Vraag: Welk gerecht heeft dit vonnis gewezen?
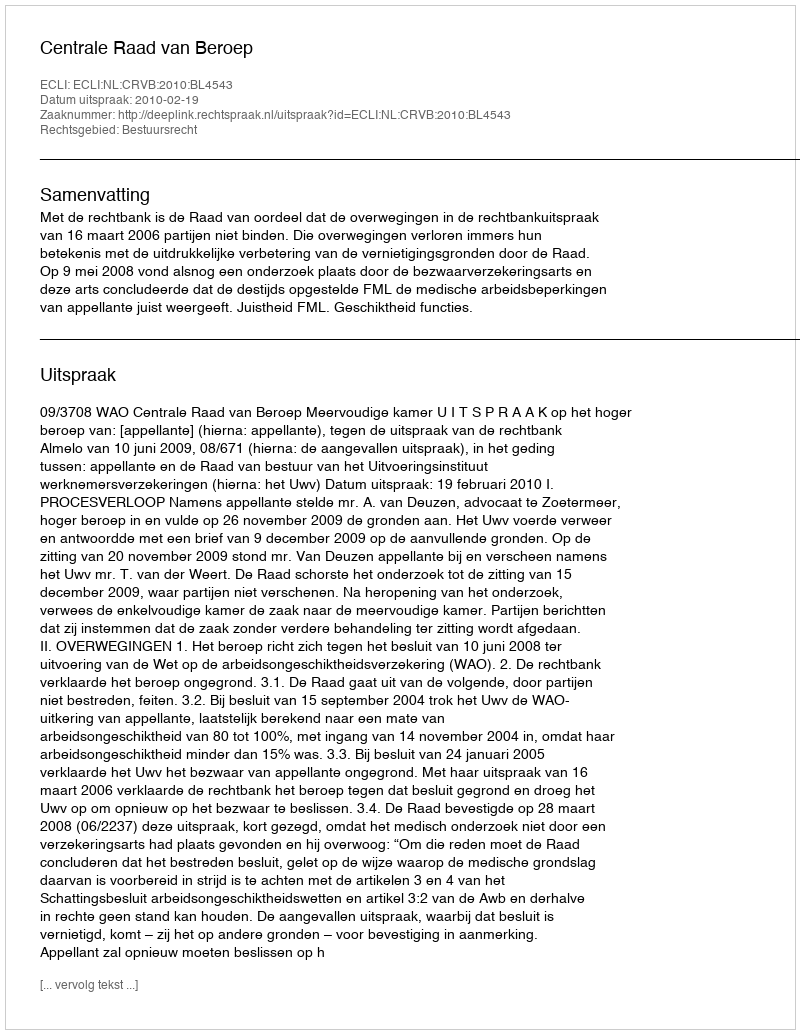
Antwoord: Centrale Raad van Beroep